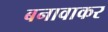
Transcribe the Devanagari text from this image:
बनावाकर